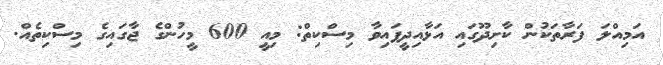
އަމިއްލަ ފަރާތަކުން ކާށިދޫގައި އަޅާއިދީފައިވާ މިސްކިތް: މިއީ 600 މީހުންގެ ޖާގައިގެ މިސްކިތެއް.